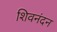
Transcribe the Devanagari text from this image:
शिवनंदन